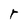
Character: r